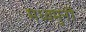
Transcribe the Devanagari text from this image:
मध्वमुनीं